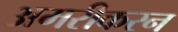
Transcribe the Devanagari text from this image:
अमरीकरन